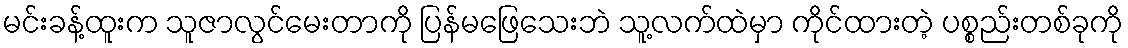
မင်းခန့်ထူးက သူဇာလွင်မေးတာကို ပြန်မဖြေသေးဘဲ သူ့လက်ထဲမှာ ကိုင်ထားတဲ့ ပစ္စည်းတစ်ခုကို